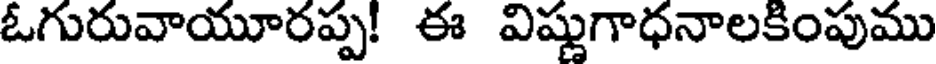
ఓగురువాయూరప్ప! ఈ విష్ణుగాధనాలకింపుము